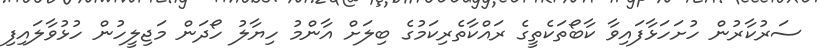
ސަރުކާރުން ހުށަހަޅާފައިވާ ކާބޯތަކެތީގެ ރައްކާތެރިކަމުގެ ބިލަށް އާންމު ހިޔާލު ހޯދަން މަޖިލީހުން ހުޅުވާލައިފި